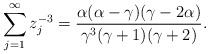
LaTeX: \begin{align*}\sum^{\infty}_{j=1}z_j^{-3}=\frac{\alpha(\alpha-\gamma)(\gamma-2\alpha)}{\gamma^3(\gamma+1)(\gamma+2)}.\end{align*}